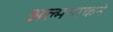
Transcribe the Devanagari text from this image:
अल्मनाकने